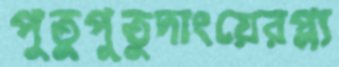
পুতুপুতুদাংয়েরপ্ল্য